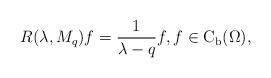
LaTeX: \begin{align*}R(\lambda,M_{q})f=\frac{1}{\lambda-q}f,f\in \mathrm{C}_{\operatorname{b}}(\Omega),\end{align*}